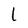
Character: L